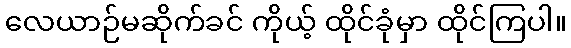
လေယာဉ်မဆိုက်ခင် ကိုယ့် ထိုင်ခုံမှာ ထိုင်ကြပါ။